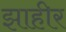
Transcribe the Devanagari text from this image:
झाहीर